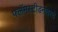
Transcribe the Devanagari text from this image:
फ्लॅमस्टीडनंतरचे